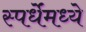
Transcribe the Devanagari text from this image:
स्पर्धेंमध्ये